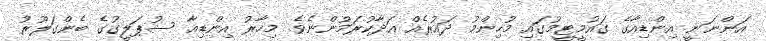
އަންނަނީ އިންޑިއާގެ ގައުމީޓީމުގައި މުހިންމު ދައުރެއް އަދާކުރަމުންނެވެ. މިހާރު އިންޑިއާ ސުޕަލީގުގެ ބެންގަލޫރު